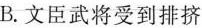
B. 文臣武将受到排挤